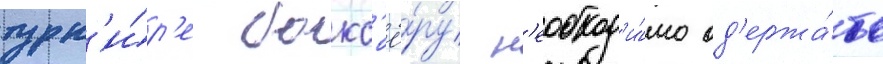
турн'и́р'е бокс'ё́ру н'еобход'и́мо од'ержа́ть